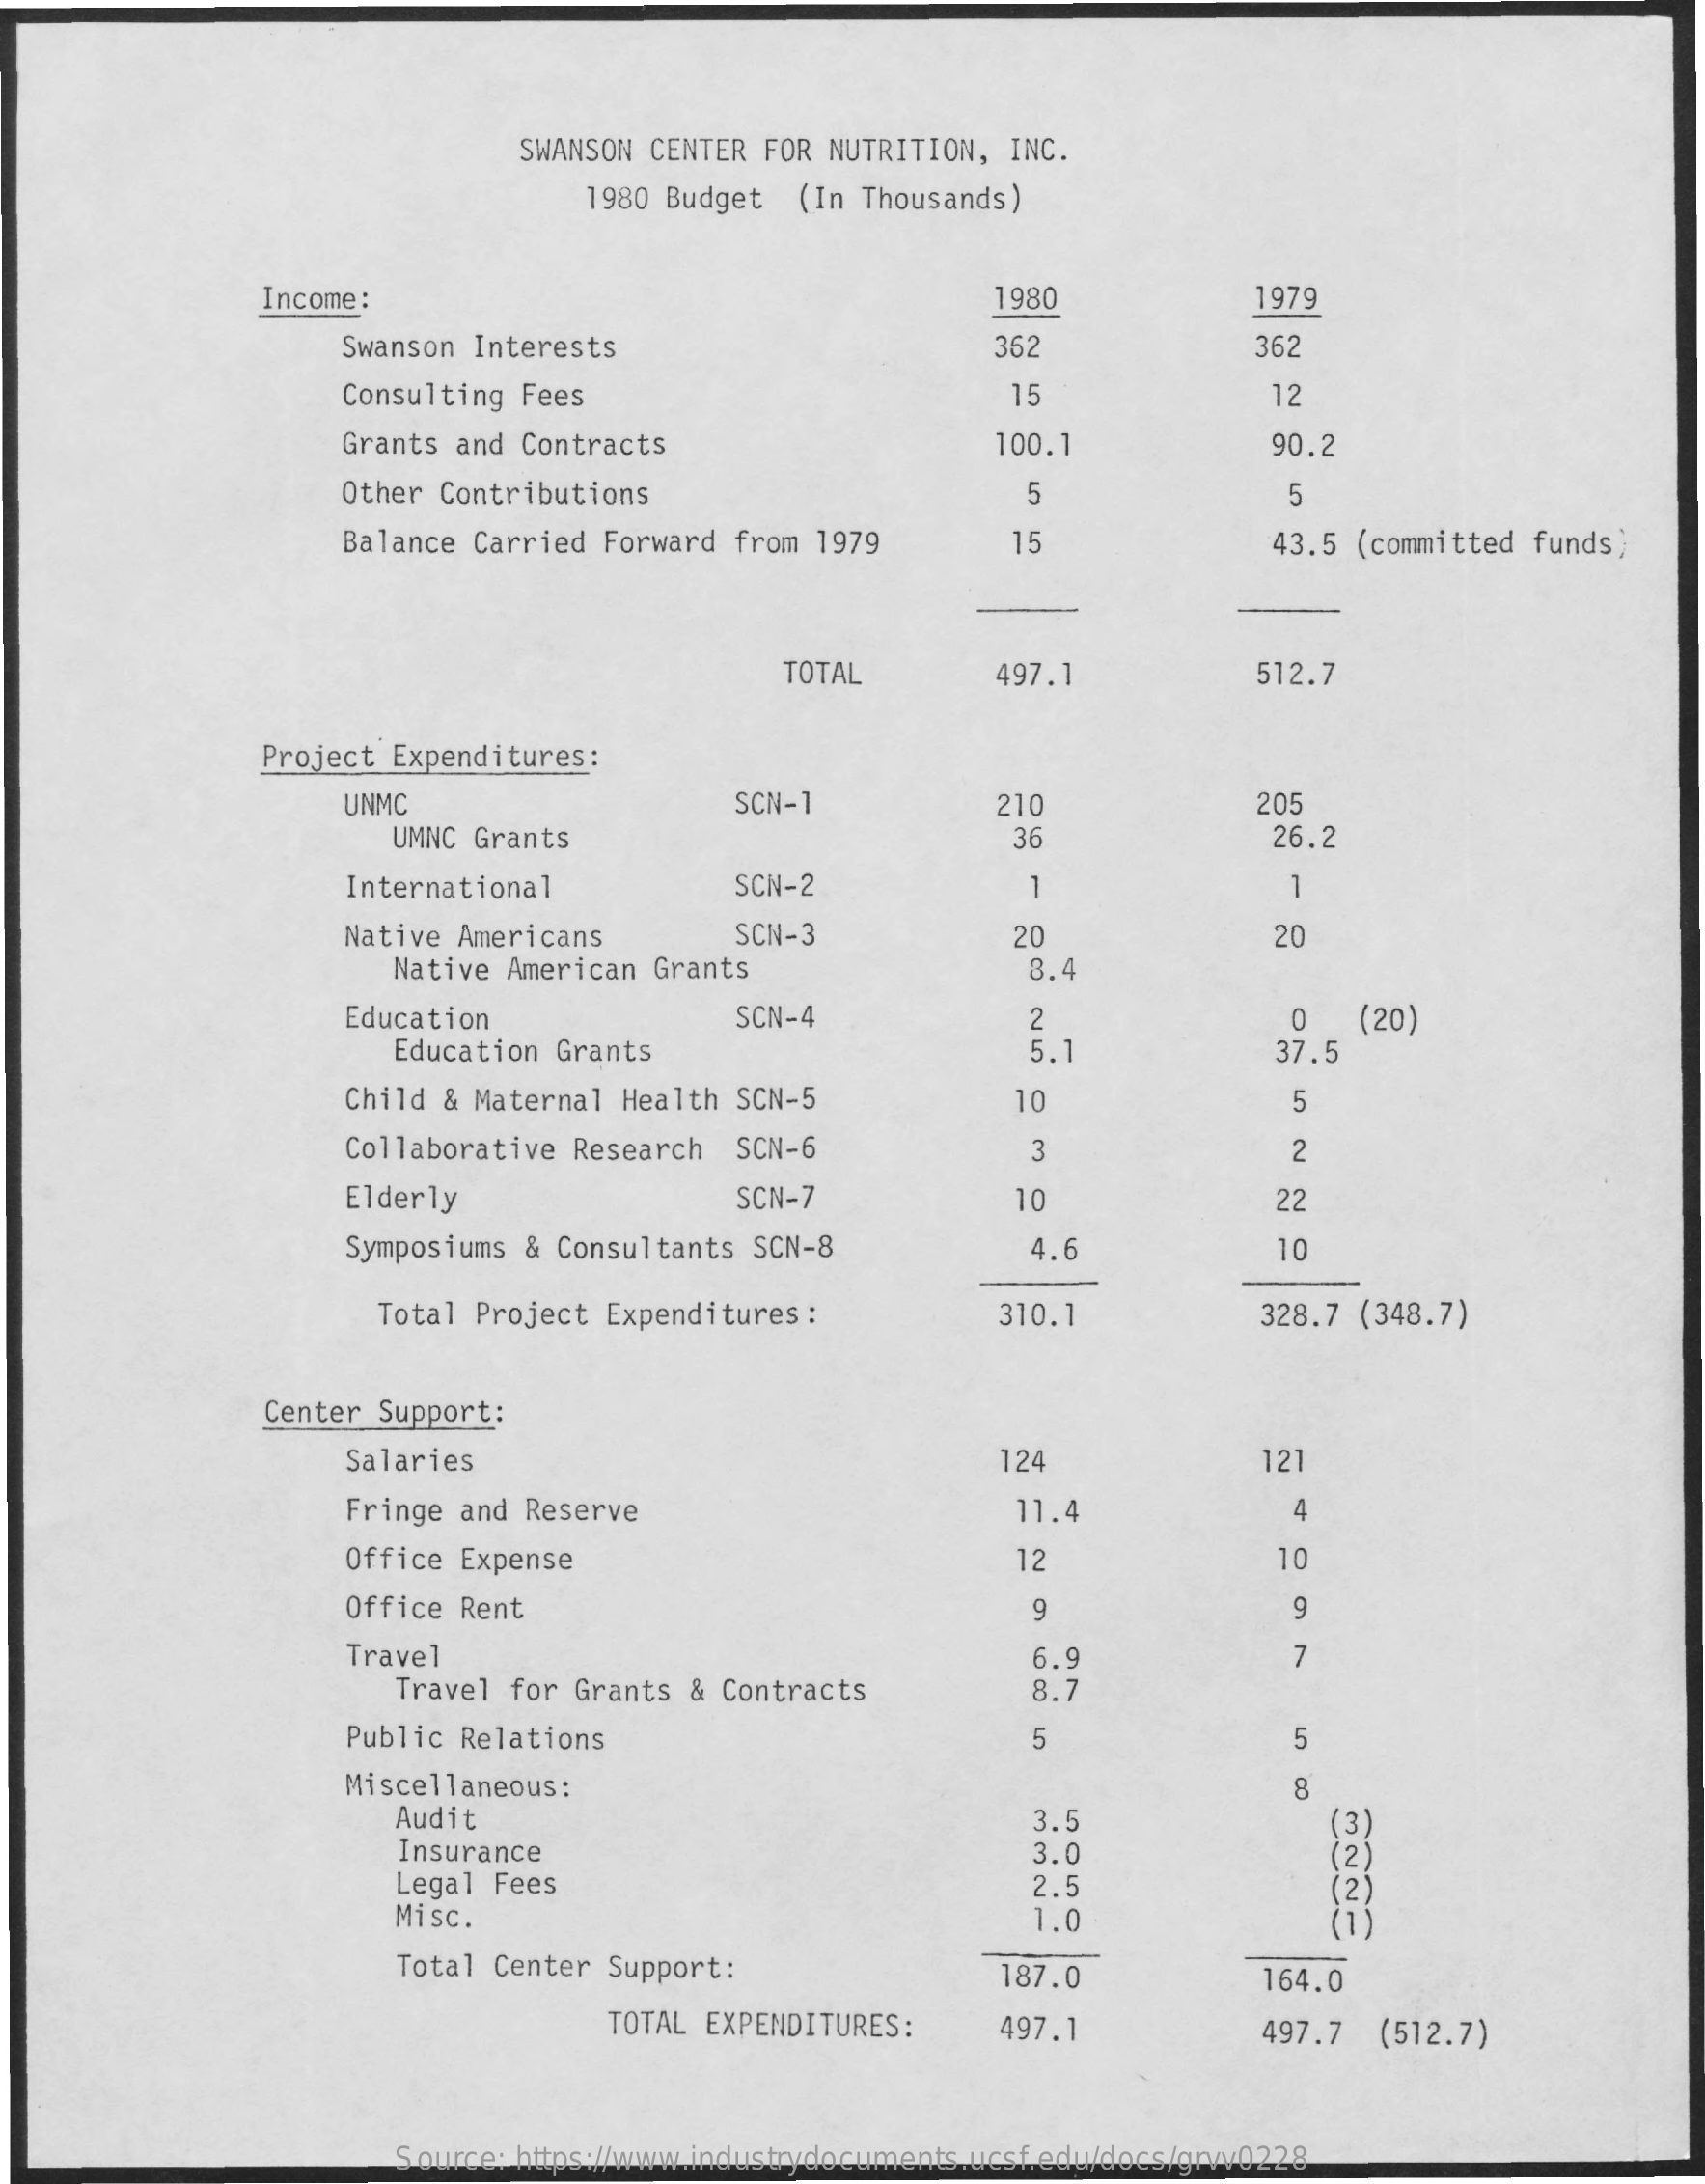
SWANSON CENTER FOR  NUTRITION, INC.
     1980 Budget   (In Thousands)
     Income:    1980    1979
     Swanson Interests    362    362
     Consulting  Fees    15    12
     Grants and Contracts    100.1    90.2
     Other Contributions    5    5
     Balance Carried  Forward  from 1979    15    43.5 (committed funds)
     TOTAL    497.1    512.7
     Project Expenditures:
     UNMC    SCN-1    210    205
     UMNC Grants    36    26.2
     International    SCN-2    1
     -
     Native Americans    SCN-3    20    20
     Native American Grants    3.4
     Education    SCN-4
     Education Grants
     2
     5.
     0   (20)
     37.5
     Child & Maternal Health  SCN-5    10
     Collaborative Research   SCN-6    3    2
     Elderly    SCN-7    10    22
     Symposiums & Consultants  SCN-8    1.6    10
     Total Project Expenditures :    310.1    328.7 (348.7)
     Center  Support:
     Salaries    124    121
     Fringe and Reserve    11.4    4
     Office Expense    12    10
     Office Rent    9
     Travel    6.9    7
     Travel for Grants  & Contracts    8.7
     Public Relations    5    5
     Miscellaneous:    CO
     Audit
     Insurance
     3.5
     3.0
     Legal Fees    2.5
     Misc.    1.0
     Total Center Support:    187.0    164.0
     TOTAL EXPENDITURES:    497.1    497.7  (512.7)
     Source: https://www.industrydocuments.ucsf.edu/docs/grvv0228